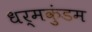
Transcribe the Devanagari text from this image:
धर्मकुंडम